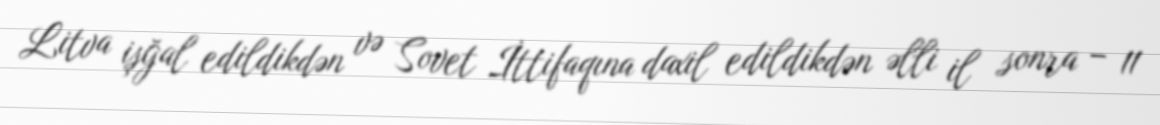
Litva işğal edildikdən və Sovet İttifaqına daxil edildikdən əlli il sonra – 11